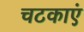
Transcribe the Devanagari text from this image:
चटकाएं